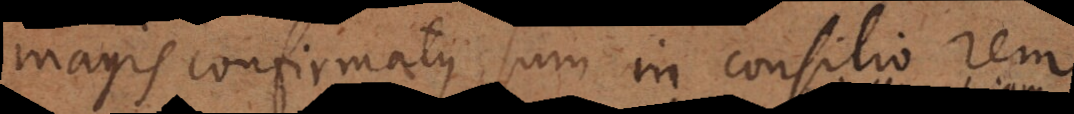
magis confirmatus sum in consilio rem